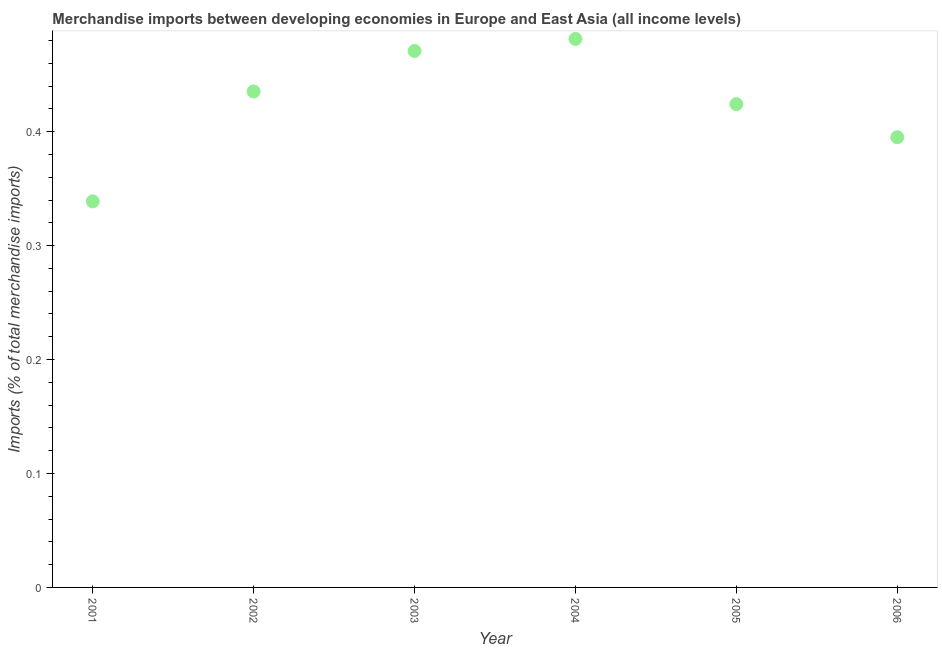
| Year | Merchandise imports |
 | --- | --- |
 | 2001 | 0.339 |
 | 2002 | 0.435 |
 | 2003 | 0.471 |
 | 2004 | 0.481 |
 | 2005 | 0.424 |
 | 2006 | 0.395 |